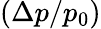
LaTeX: \left(\Delta p/p_{0}\right)